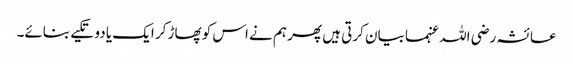
عائشہ رضی اللہ عنہما بیان کرتی ہیں پھر ہم نے اس کو پھاڑ کر ایک یا دو تکیے بنائے۔